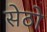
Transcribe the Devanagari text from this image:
सेठो